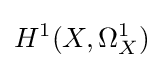
H^{1}(X,\Omega _{X}^{1})